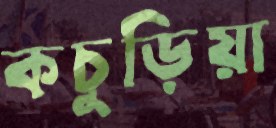
কচুড়িয়া